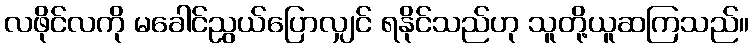
လဖိုင်လကို မခေါင်ညွယ်ပြောလျှင် ရနိုင်သည်ဟု သူတို့ယူဆကြသည်။